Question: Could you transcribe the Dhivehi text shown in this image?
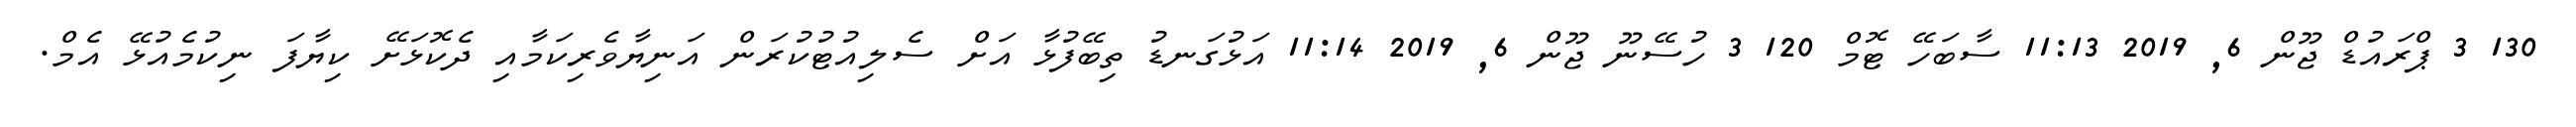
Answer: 130 3 ޕްރައުޑް ޖޫން 6, 2019 11:13 ސާބަހޭ ޓޮމް 120 3 ހުސޭނޫ ޖޫން 6, 2019 11:14 އަޅުގަނޑު ތިބޭފުޅާ އަށް ސެލިއުޓުކުރަން އަނިޔާވެރިކަމާއި ދެކޮޅަށޭ ކިޔާފަ ނިކުމެއުޅޭ އެމް.